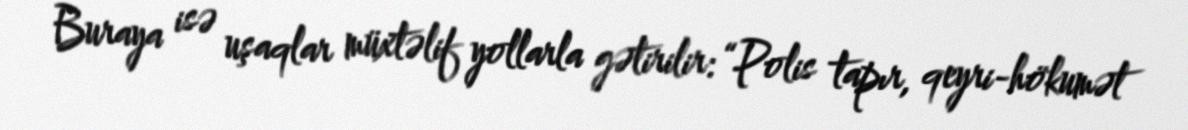
Buraya isə uşaqlar müxtəlif yollarla gətirilir: “Polis tapır, qeyri-hökumət